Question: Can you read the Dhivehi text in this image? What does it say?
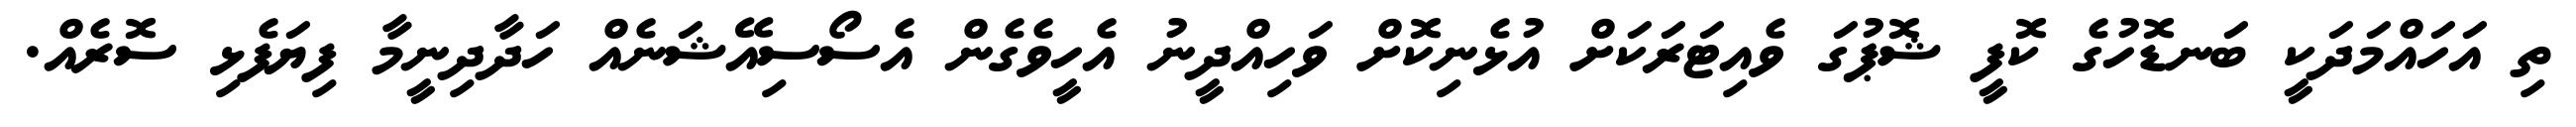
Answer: ތި އަހައްމަދަކީ ބަނޑޮހުގެ ކޮފީ ޝޮޕުގަ ވެއިޓަރަކަށް އުޅެނިކޮށް ވަހިއްދީނު އެހީވެގެން އެސޯސިއޭޝަނެއް ހަދާދިނީމާ ފިޔަފެޅި ސޮރެއް.